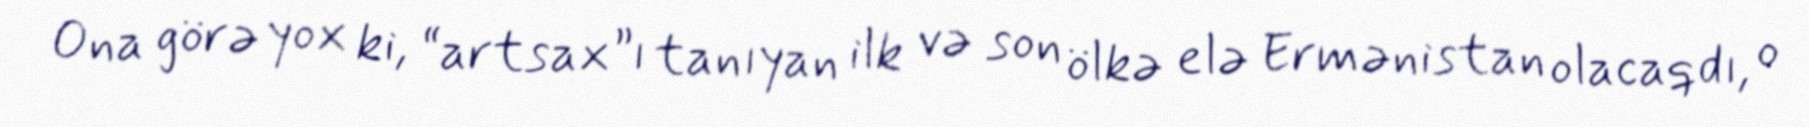
Ona görə yox ki, “artsax”ı tanıyan ilk və son ölkə elə Ermənistan olacaqdı, o